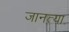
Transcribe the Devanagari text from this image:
जानत्या